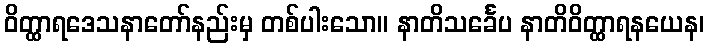
ဝိတ္ထာရဒေသနာတော်နည်းမှ တစ်ပါးသော။ နာတိသင်္ခေပ နာတိဝိတ္ထာရနယေန၊